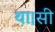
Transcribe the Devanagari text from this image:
था।सी